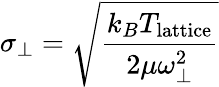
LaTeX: \sigma_{\perp}=\sqrt{\frac{k_{B}T_{\mathrm{lattice}}}{2\mu\omega_{\perp}^{2}}}